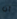
أن